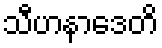
သီဟနာဒေတိ